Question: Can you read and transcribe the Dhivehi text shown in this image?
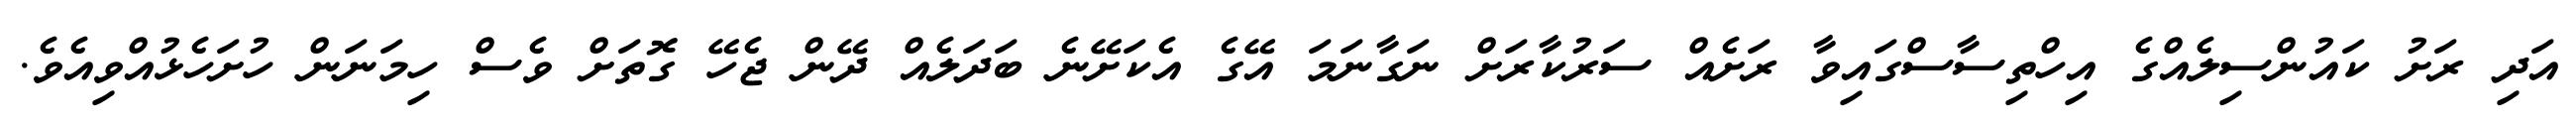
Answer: އަދި ރަށު ކައުންސިލެއްގެ އިހްތިސާސްގައިވާ ރަށެއް ސަރުކާރަށް ނަގާނަމަ އޭގެ އެކަށޭނެ ބަދަލެއް ދޭން ޖެހޭ ގޮތަށް ވެސް ހިމަނަން ހުށަހެޅުއްވިއެވެ.